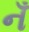
નઁ